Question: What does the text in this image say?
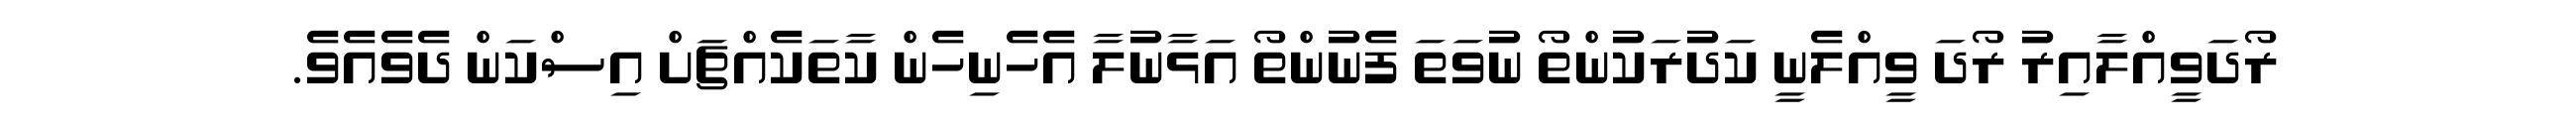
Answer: ރޯދަވީއްލާއިރު ރޯދަ ވީއްލެނީ ކަދުރަކުންތޯ ނުވަތަ ފެނުންތޯ އަޅާނުލާ އެހެނިހެން ކާތަކެއްޗަށް އިސްކަން ދެވެއެވެ.